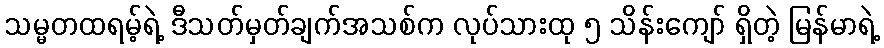
သမ္မတထရမ့်ရဲ့ ဒီသတ်မှတ်ချက်အသစ်က လုပ်သားထု ၅ သိန်းကျော် ရှိတဲ့ မြန်မာရဲ့